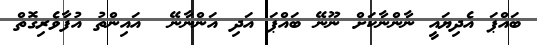
ބައްޕަ އެދިޔައީ ނާންނާކަށް ނޫނޭ ބައްޕަ އަދި އަންނާނޭ  އައިންތު އުފާވެރިގޮތް